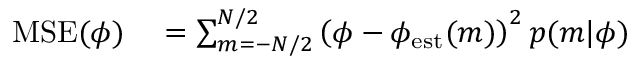
\begin{array} { r l } { \mathrm { M S E } ( \phi ) } & { { } = \sum _ { m = - N / 2 } ^ { N / 2 } \left( \phi - \phi _ { \mathrm { e s t } } ( m ) \right) ^ { 2 } p ( m | \phi ) } \end{array}